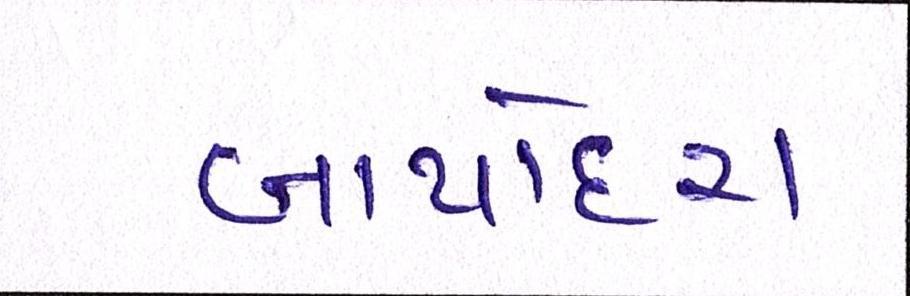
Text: બાપોદરા